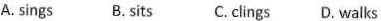
A.sings B. Sits C. Clings D. Walks